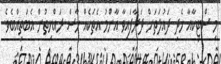
މި ސްޓިކާއާ ހެދި ދައުލަތަށް ދަރާފައިވާ އާންމު އެތަކެއް ހާސް ރައްޔިތުން އެބަތިއްބެވެ.